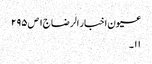
عیون اخبار الرضا ج١ ص ٢٩٥
١١۔